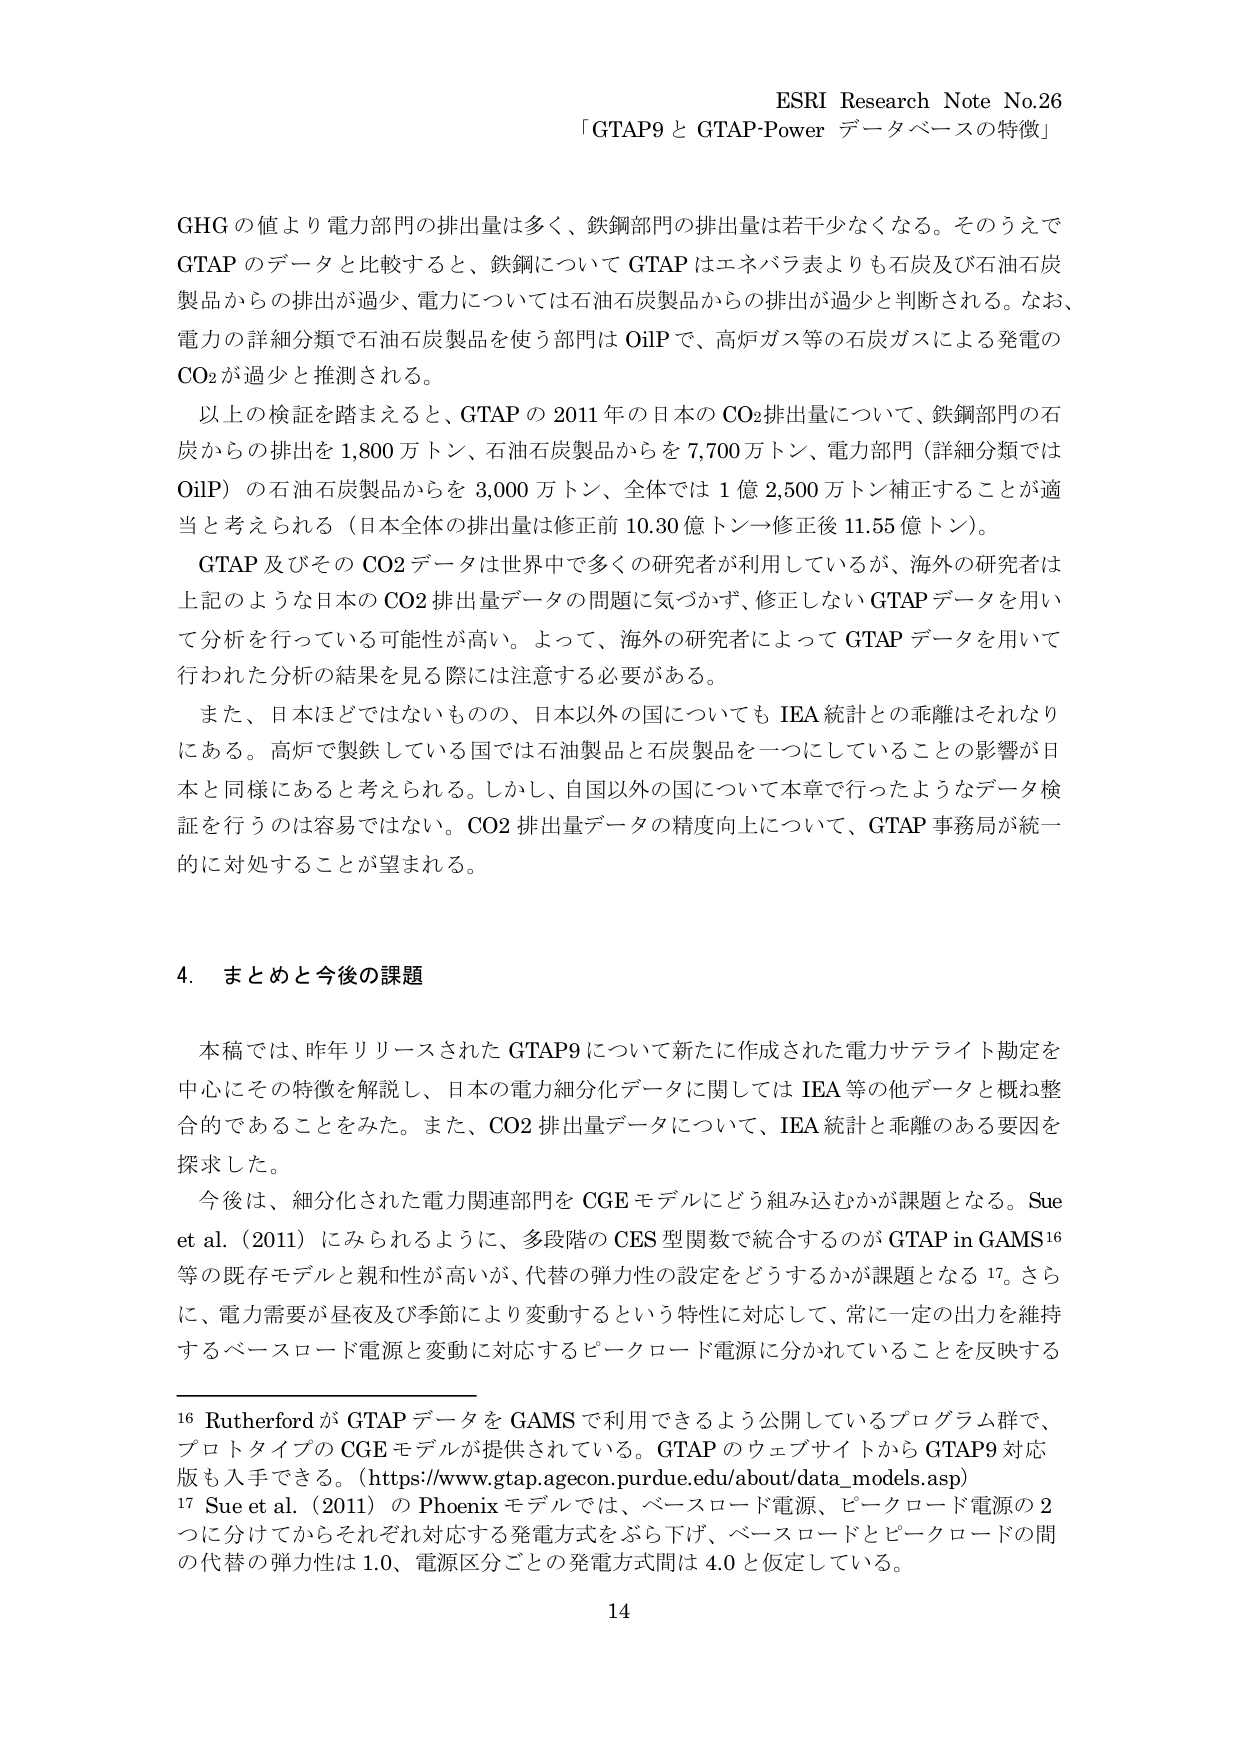
ESRI Research Note No.26
「GTAP9 と GTAP-Power データベースの特徴」

GHG の値より電力部門の排出量は多く、鉄鋼部門の排出量は若干少なくなる。そのうえで GTAP のデータと比較すると、鉄鋼について GTAP はエネパラ表よりも石炭及び石油石炭製品からの排出が過少、電力については石油石炭製品からの排出が過少と判断される。なお、電力の詳細分類で石油石炭製品を使う部門は OilP で、高炉ガス等の石炭ガスによる発電の CO₂ が過少と推測される。

以上の検証を踏まえると、GTAP の 2011 年の日本の CO₂ 排出量について、鉄鋼部門の石炭からの排出を 1,800 万トン、石油石炭製品からを 7,700 万トン、電力部門（詳細分類では OilP）の石油石炭製品からを 3,000 万トン、全体では 1 億 2,500 万トン補正することが適当と考えられる（日本全体の排出量は修正前 10.30 億トン→修正後 11.55 億トン）。

GTAP 及びその CO₂ データは世界中で多くの研究者が利用しているが、海外の研究者は上記のような日本の CO₂ 排出量データの問題に気づかず、修正しない GTAP データを用いて分析を行っている可能性が高い。よって、海外の研究者によって GTAP データを用いて行われた分析の結果を見る際には注意する必要がある。

また、日本ほどではないものの、日本以外の国についても IEA 統計との乖離はそれなりにある。高炉で製鉄している国では石油製品と石炭製品を一つにしていることの影響が日本と同様にあると考えられる。しかし、自国以外の国について本章で行ったようなデータ検証を行うのは容易ではない。CO₂ 排出量データの精度向上について、GTAP 事務局が統一的に対処することが望まれる。

4. まとめと今後の課題

本稿では、昨年リリースされた GTAP9 について新たに作成された電力サテライト勘定を中心にその特徴を解説し、日本の電力細分化データに関しては IEA 等の他データと概ね整合的であることをみた。また、CO₂ 排出量データについて、IEA 統計と乖離のある要因を探求した。

今後は、細分化された電力関連部門を CGE モデルにどう組み込むかが課題となる。Sue et al. (2011) にみられるように、多段階の CES 型関数で統合するのが GTAP in GAMS¹⁶ 等の既存モデルと親和性が高いが、代替の弾力性の設定をどうするかが課題となる¹⁷。さらに、電力需要が昼夜及び季節により変動するという特性に対応して、常に一定の出力を維持するベースロード電源と変動に対応するピークロード電源に分かれていることを反映する

¹⁶ Rutherford が GTAP データを GAMS で利用できるよう公開しているプログラム群で、プロトタイプの CGE モデルが提供されている。GTAP のウェブサイトから GTAP9 対応版も入手できる。（https://www.gtap.agecon.purdue.edu/about/data_models.asp）

¹⁷ Sue et al. (2011) の Phoenix モデルでは、ベースロード電源、ピークロード電源の 2 つに分けてからそれぞれ対応する発電方式をぶら下げ、ベースロードとピークロードの間の代替の弾力性は 1.0、電源区分ごとの発電方式間は 4.0 と仮定している。

14